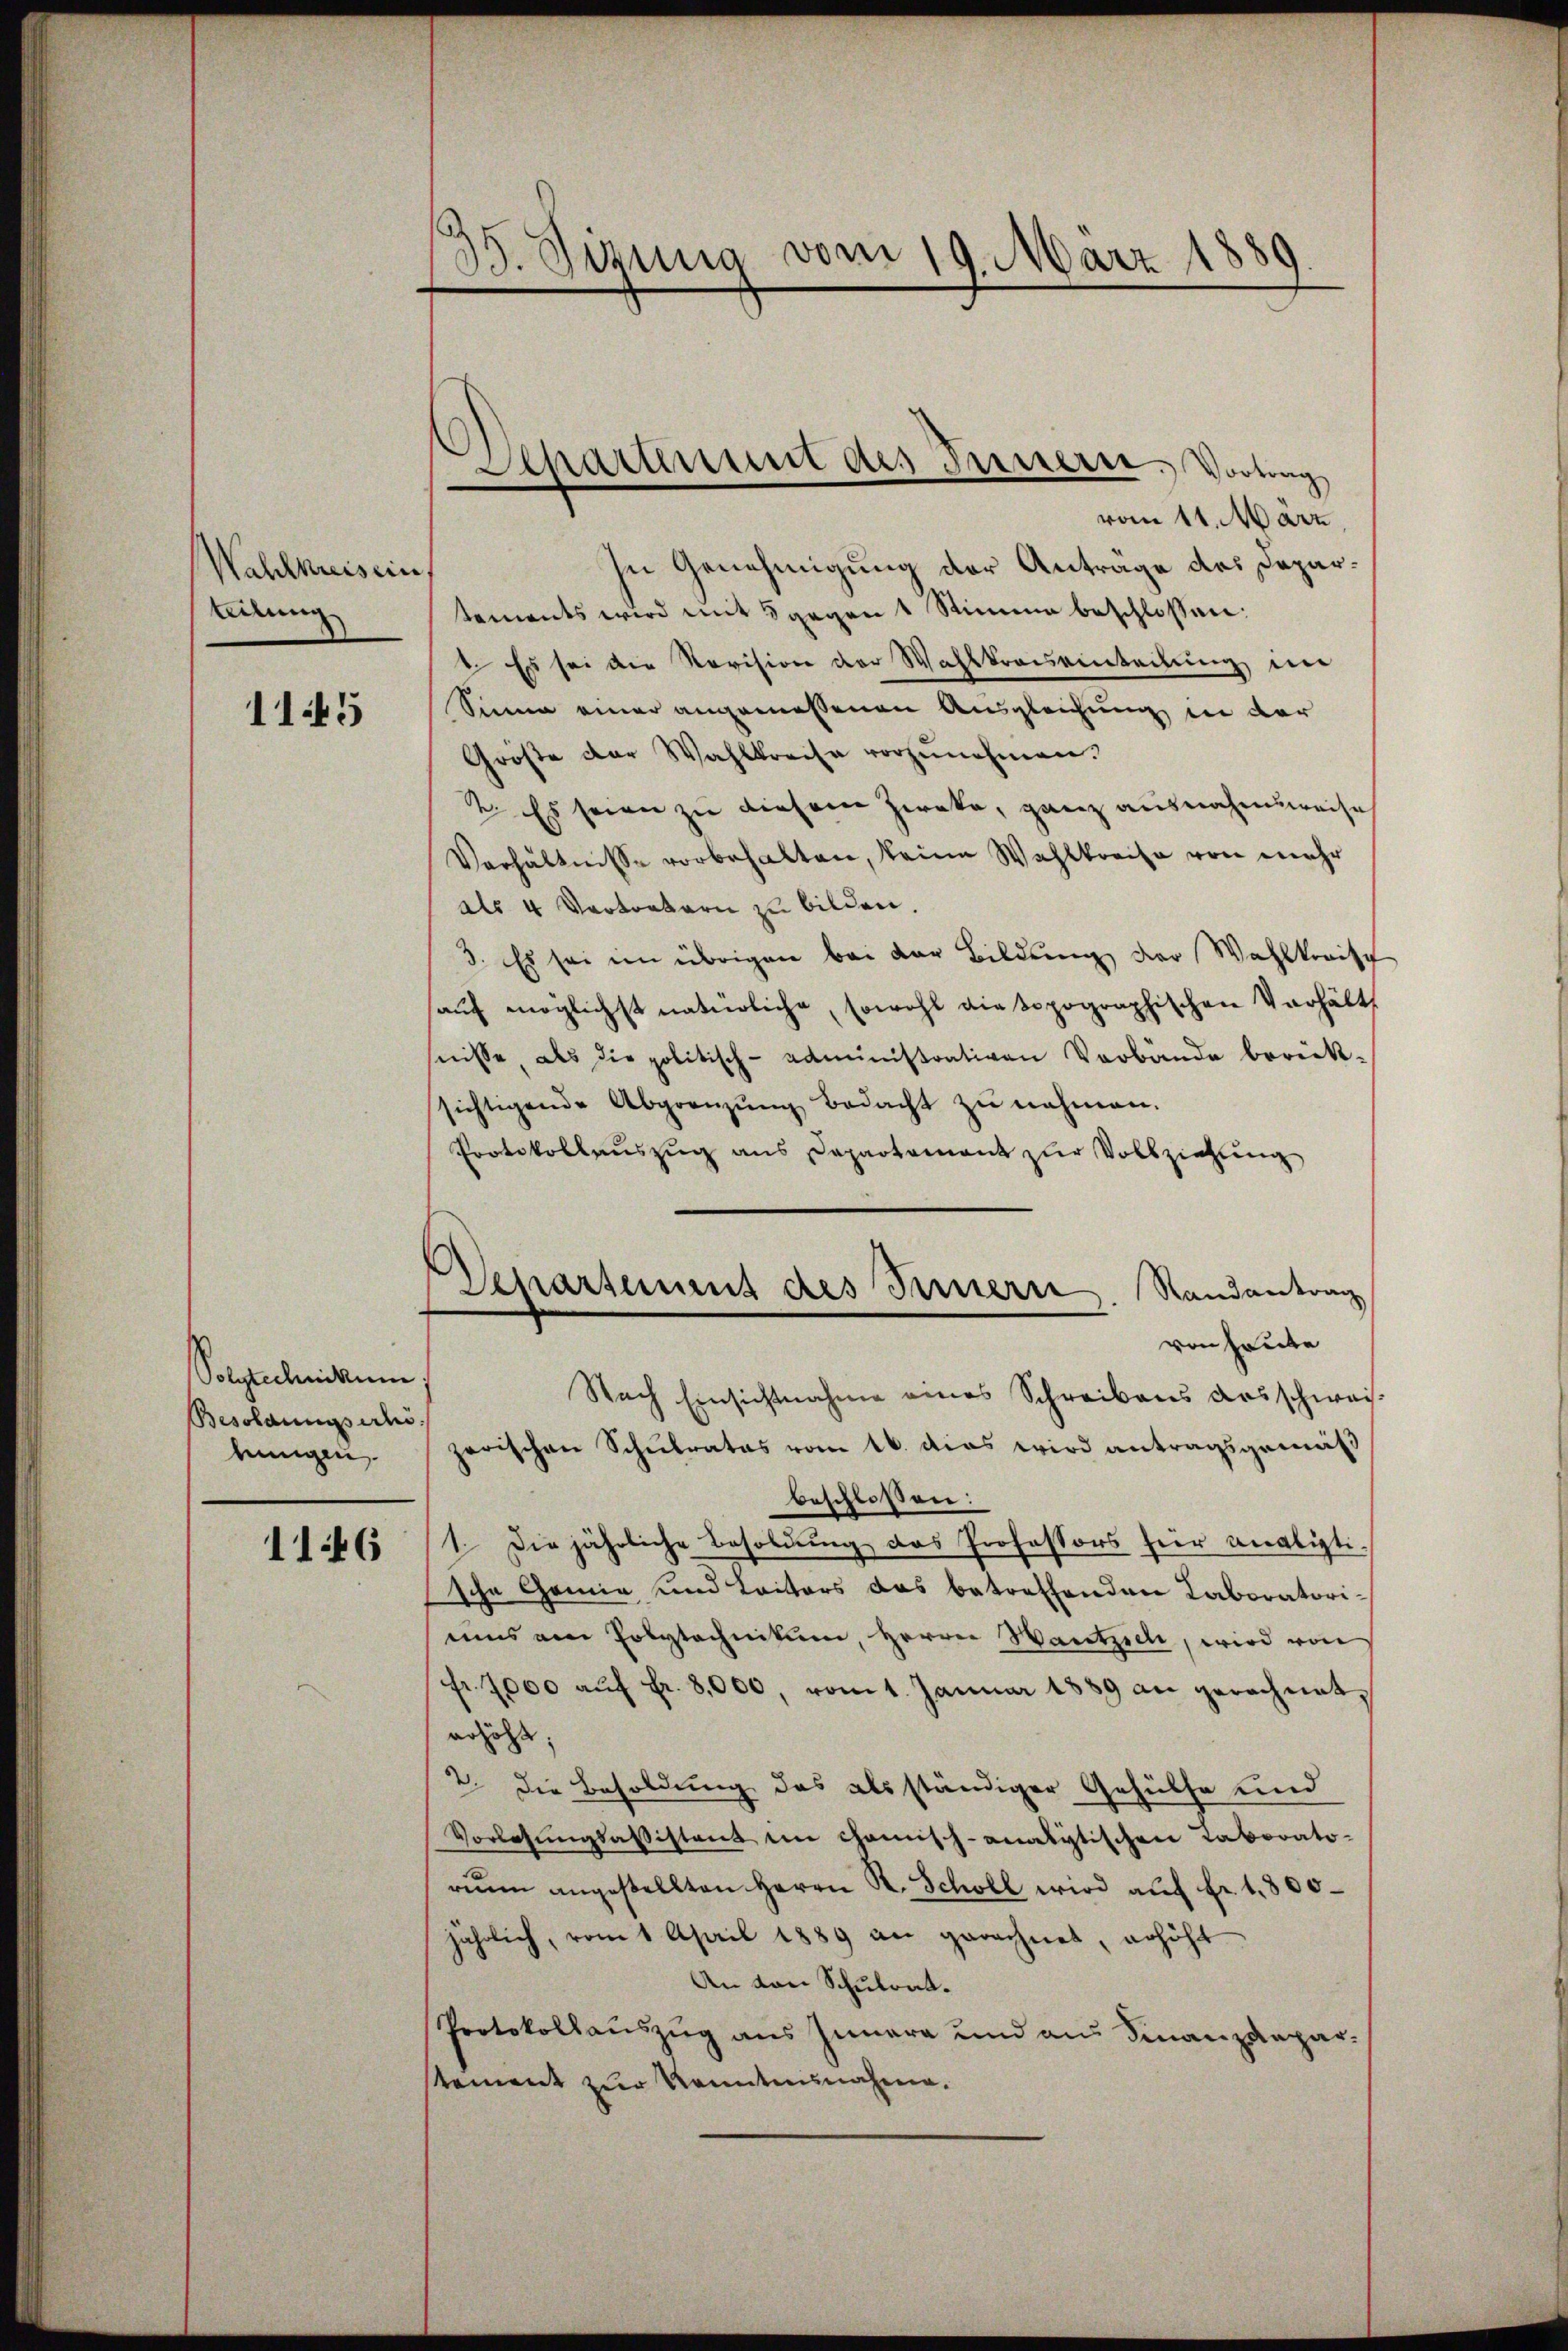
Wahlkreisein
teilung

1145

Polytechnikum.
Besoldungsach
kungen

1146

35. Sezung vom 19. März 1889

Separtement des Trenneren. Vortrag

vom 11. März,
In Genehmigung der Antrage des Departements wird mit 8 gegen 1 Stimme beschlossen:
1. Es sei die Revision der Wahlkreiseinteilung im
Sinne einer angemessenen Ausgleichung in der
Größe der Wahlkreise vorzŭnehmen.
2. Es seien zu diesem Zieka, ganz ausnahmsweise
Verhältnisse vorbehalten, keine Wahlkreise von mehr
als 4 Vertretern zu bilden.
3. Es sei im übrigen bei der Bildung der Wahlkreisch
aŭf möglichst natürliche, sowohl die sopographischen Verhältnisse, als die politisch-Administrativen Vorbände berück-
sichtigende Abgrenzŭng bedacht zŭ nehmen.
Protokollauszug aus Departement zur Vollziehung
Randantrag
von Freite
Nach Einsichtnahme eines Schreibens ausschweizarischen Schulrates vom 16. das wird antragsgemäß
beschlossen:
1. Die jährliche Besoldung das Professors für analisti-
sche Gemie und Laitors das betreffenden Laboratoriums am Polytechnikum, Herrn Wantzieh, wird von
fr. 7000 aŭf Fr. 8,000, vom 1. Januar 1889 an gerechnet,
erhöht;
2. Die Besoldung des als ständiger Gehülfe und
Vorlesungsabsistent en chanisch-analytischen Laborato-
rium angestellten Herrn K. Scholl wird auf Fr. 1,800
jährlich, vom 1 April 1889 an gerechnet, erhöht
An von Schulrat.
Protokollauszug aus Iunara und aus Finanzanparstement zur Kenntnisnahme.

Departement des Innern